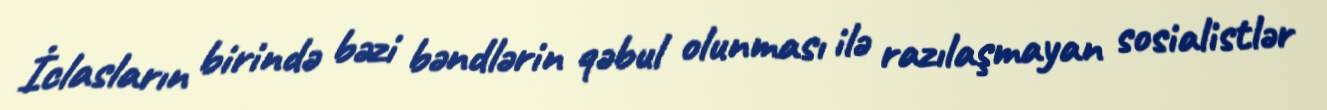
İclasların birində bəzi bəndlərin qəbul olunması ilə razılaşmayan sosialistlər